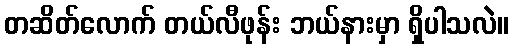
တဆိတ်လောက် တယ်လီဖုန်း ဘယ်နားမှာ ရှိပါသလဲ။